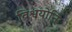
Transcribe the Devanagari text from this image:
विश्वयोनिः